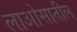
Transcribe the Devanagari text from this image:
लाओसातील